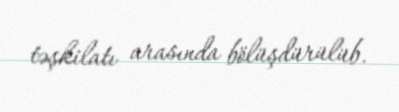
təşkilatı arasında bölüşdürülüb.